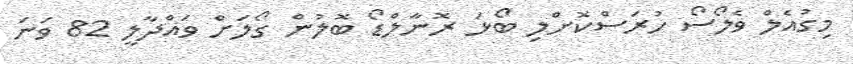
މިގުއެލް ވެލޯސޯ ހުރަސްކޮށްލި ބޯޅަ ރޮނާލްޑޯ ބޮލުން ގޯލަށް ވައްދާލީ 82 ވަނަ